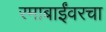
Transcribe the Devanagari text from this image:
रमाबाईंवरचा